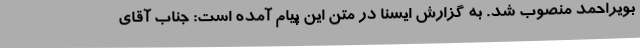
بویراحمد منصوب شد. به گزارش ایسنا در متن این پیام آمده است: جناب آقای